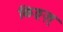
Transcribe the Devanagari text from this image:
किङ्ज़्